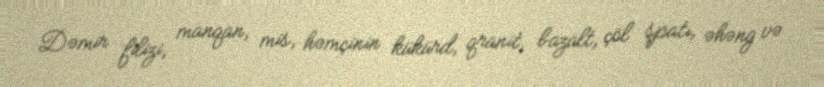
Dəmir filizi, manqan, mis, həmçinin kükürd, qranit, bazalt, çöl şpatı, əhəng və